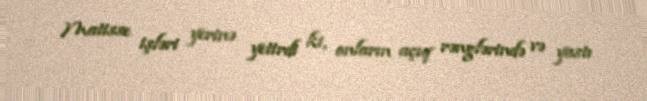
Matisse işləri yerinə yetirdi ki, onların açıq rənglərində və yastı